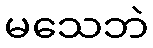
မသေဘဲ